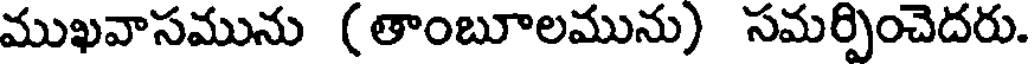
ముఖవాసమును (తాంబూలమును) సమర్పించెదరు.